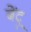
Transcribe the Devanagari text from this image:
बेंदू